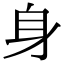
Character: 身